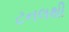
ટનલથી